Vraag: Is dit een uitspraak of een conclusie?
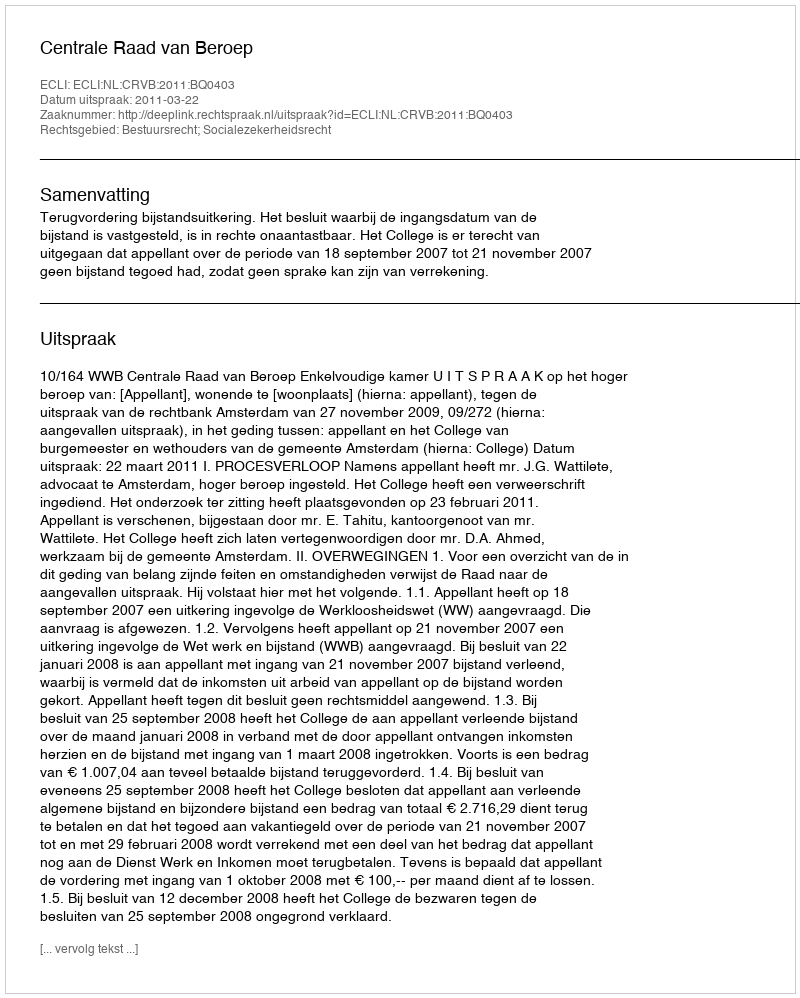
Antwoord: Uitspraak